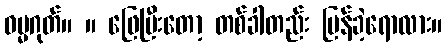
ဓမ္မဂုတ်။ ။ ဖြေပြီးတော့ တစ်ခါတည်း ပြန်ခဲ့ရောလား။